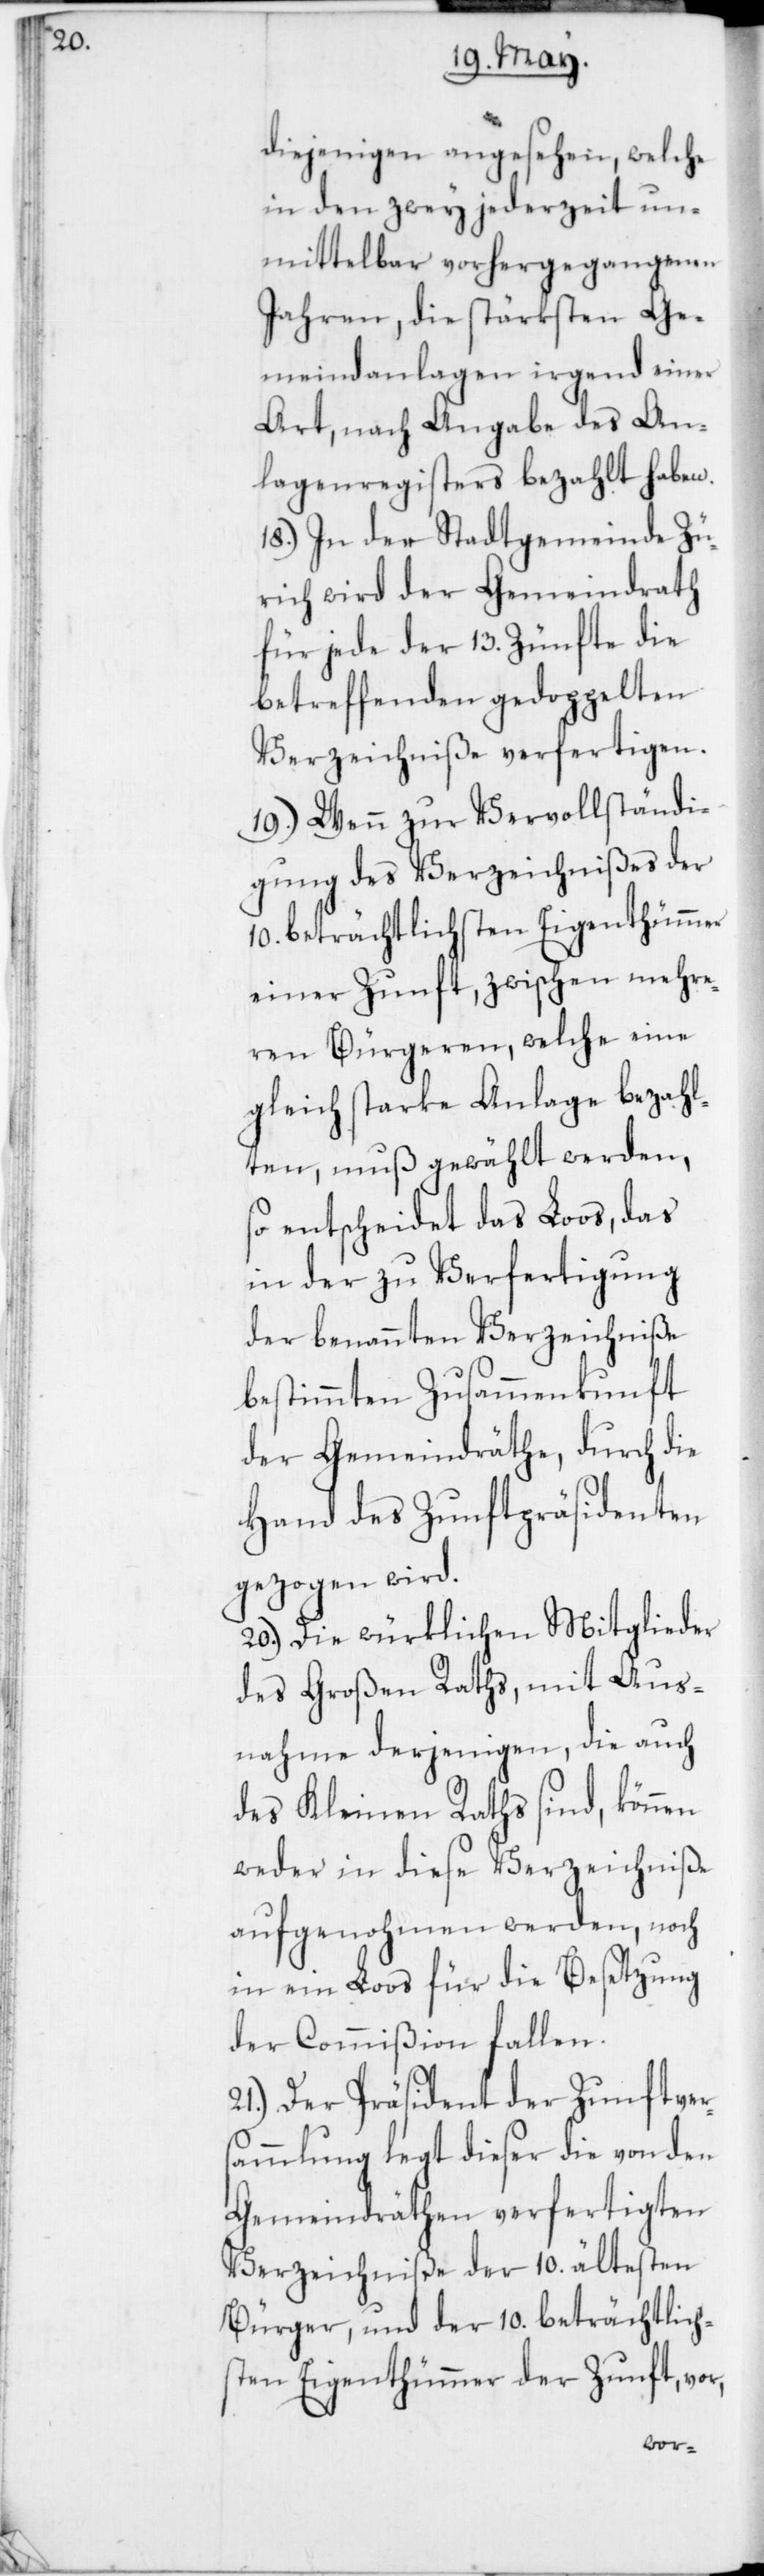
diejenigen angesehen, welche
in den zwey jederzeit un¬
mittelbar vorhergegangenen
Jahren, die stärksten Ge¬
meindanlagen irgend einer
Art, nach Angabe des An¬
lagenregisters bezahlt haben.
18. In der Stadtgemeinde Zü¬
rich wird der Gemeindrath
für jede der 13 Zünfte die
betreffenden gedoppelten
Verzeichniße verfertigen.
19. Wenn zur Vervollständi¬
gung des Verzeichnißes der
10 beträchtlichsten Eigenthümmer
einer Zunft, zwischen mehre¬
ren Bürgeren, welche eine
gleich starke Anlage bezahl¬
ten, muß gewählt werden,
so entscheidet das Loos, das
in der zu Verfertigung
der benannten Verzeichniße
bestimmten Zusammenkunft
der Gemeindräthe, durch die
Hand des Zunftpräsidenten
gezogen wird.
20. Die würklichen Mitglieder
des Großen Raths, mit Aus¬
nahme derjenigen, die auch
des Kleinen Raths sind, können
weder in diese Verzeichniße
aufgenohmen werden, noch
in ein Loos für die Besetzung
der Commißion fallen.
21. Der Präsident der Zunftver¬
sammlung legt dieser die von den
Gemeindräthen verfertigten
Verzeichniße der 10 ältesten
Bürger und der 10 beträchtlich¬
sten Eigenthümmer der Zunft vor,